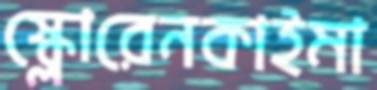
স্ক্লোরেনকাইমা